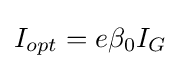
I_{opt}=e\beta _{0}I_{G}